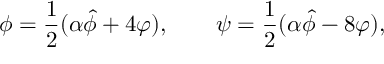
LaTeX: \phi = \frac 1 2 ( \alpha \hat { \phi } + 4 \varphi ) , \qquad \psi = \frac 1 2 ( \alpha \hat { \phi } - 8 \varphi ) ,